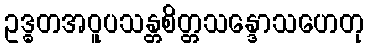
ဥဒ္ဓတအဝူပသန္တစိတ္တသန္ဒောသဟေတု